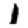
Digit: 1